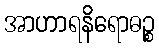
အာဟာရနိရောဓဉ္စ